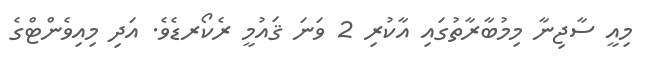
މިއީ ސާޖިނާ މިމުބާރާތުގައި އާކުރި 2 ވަނަ ޤައުމީ ރެކޯރޑެވެ. އަދި މިއިވެންޓްގެ